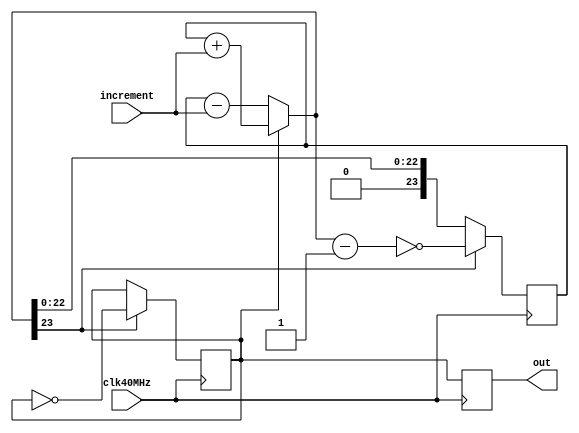
//------------- Increment-Controlled Oscillator (ICO) ------------//
//                                                                //
//         frequency = increment*(40e6)/(2^24)  Hz                //
//         [example] increment=15'b011001011001010 (13002)        //
//                   corresponds to 30.999kHz.                    //

module ICO(out,increment,clk40MHz);
output out;
input [14:0] increment;
input clk40MHz;

//--------------------------------------------------------------------//
// A counter counts up and down, 0<=count<=2^23; with an increment.   //
// The up and down correspond to the positive and negative cycles     //
// of the output 												                   //
//                           out=up_count                             // 

reg [23:0] count=24'b0;
reg up_count=1'b1; 

wire [23:0] delta,sum;
assign delta={9'b0,increment};	
assign sum=up_count?(count+delta):(count-delta);
//wire duty;
//assign duty=(~count[22]&~count[21]&~count[20])|(count[22]&count[21]&count[20])|(count[23]); // greater than 2^21=2097152(more precisely 1864110)
reg out;
always @(posedge clk40MHz) begin
    count 	<= sum[23]? ~(sum-{23'b0,1'b1})	:sum;
	 up_count<= sum[23]? ~up_count:up_count;
    //out<=duty^~up_count;
	 out<=up_count;
end

//wire out;
//assign out=up_count;


endmodule